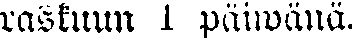
raskuun 1 päiwänä.